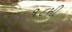
૧૮મી